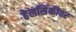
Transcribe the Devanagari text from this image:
हेलसिंकीवर